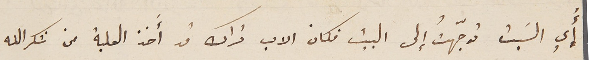
أي السَبت توجّهتُ إلى البيت فكان الاب تراك قد أَخذ العلبة من شكرالله